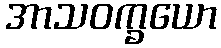
အာသဝက္ခယော